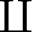
\amalg